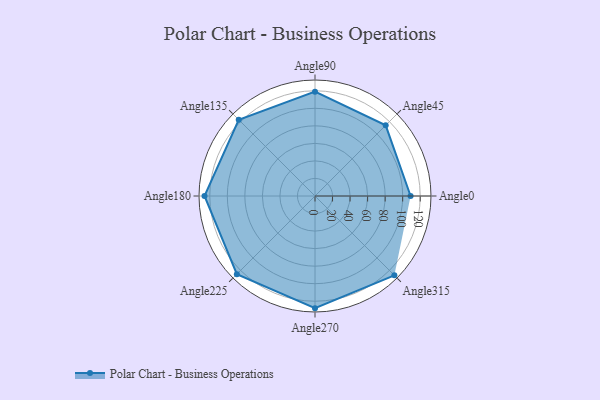
{"axis": {"x": "Angle", "y": "Radius"}, "legend": [""], "data": [{"x": "Angle0", "y": 109.0, "type": ""}, {"x": "Angle45", "y": 114.0, "type": ""}, {"x": "Angle90", "y": 119.0, "type": ""}, {"x": "Angle135", "y": 123.0, "type": ""}, {"x": "Angle180", "y": 126.0, "type": ""}, {"x": "Angle225", "y": 126.0, "type": ""}, {"x": "Angle270", "y": 128.0, "type": ""}, {"x": "Angle315", "y": 128.0, "type": ""}]}